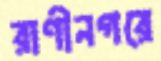
রাণীনগরে